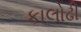
કાલોઢી